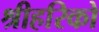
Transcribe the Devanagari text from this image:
श्रीहरिको